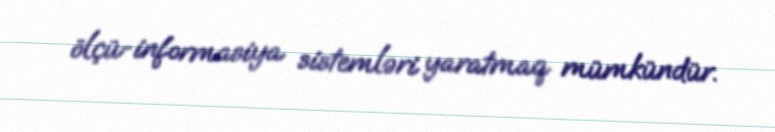
ölçü-informasiya sistemləri yaratmaq mümkündür.